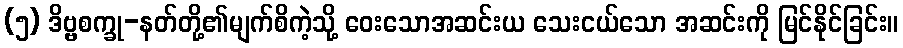
(၅) ဒိဗ္ဗစက္ခု-နတ်တို့၏မျက်စိကဲ့သို့ ဝေးသောအဆင်းယ သေးငယ်သော အဆင်းကို မြင်နိုင်ခြင်း။